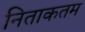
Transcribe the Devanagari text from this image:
निताकतम